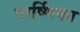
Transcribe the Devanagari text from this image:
पार्ष्णिका